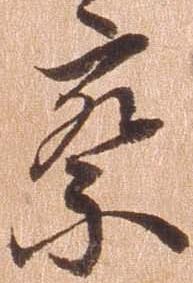
察